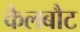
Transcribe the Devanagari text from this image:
कैलबौट